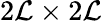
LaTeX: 2\mathcal{L}\times2\mathcal{L}